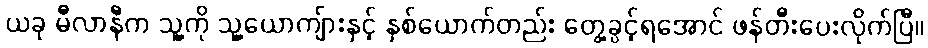
ယခု မီလာနီက သူ့ကို သူ့ယောကျ်ားနှင့် နှစ်ယောက်တည်း တွေ့ခွင့်ရအောင် ဖန်တီးပေးလိုက်ပြီ။